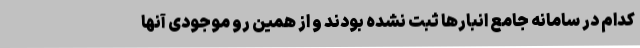
کدام در سامانه جامع انبارها ثبت نشده بودند و از همین رو موجودی آنها